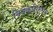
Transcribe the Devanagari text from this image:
विवेकधैर्याश्रय